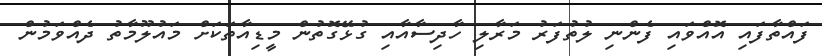
ފައްތާފައި އޮއްވައި ފެންނި ލުތުފަރު މަރާލި ހާދިސާއާއި ގުޅޭގޮތުން މީޑިއާތަކަށް މައުލޫމާތު ދެއްވަމުން